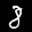
Label: 8